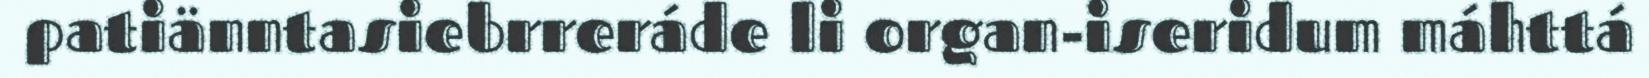
patiänntasiebrreráde li organ-iseridum máhttá